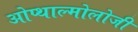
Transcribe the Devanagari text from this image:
ओप्थाल्मोलोजी